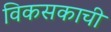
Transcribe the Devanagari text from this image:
विकसकाची